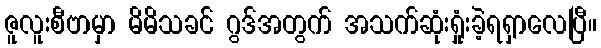
ဇူလူးစီဗာမှာ မိမိသခင် ဂွဒ်အတွက် အသက်ဆုံးရှုံးခဲ့ရရှာလေပြီ။